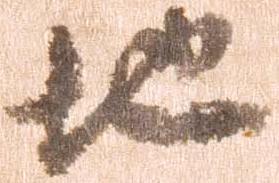
地